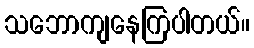
သဘောကျနေကြပါတယ်။